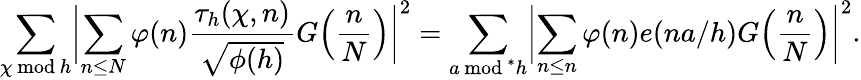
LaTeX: \sum_{\chi\mathbin{\, \textrm{mod}\, }h}\biggl|\sum_{n\le N}\varphi(n)\frac{\tau_{h}(\chi,n)}{\sqrt{\phi(h)}}G\Bigl(\frac{n}{N}\Bigr)\biggr|^{2}=\sum_{a\mathbin{\, \textrm{mod}\, }^{*}h}\biggl|\sum_{n\le n}\varphi(n)e(na/h)G\Bigl(\frac{n}{N}\Bigr)\biggr|^{2}.